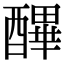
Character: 𨢡